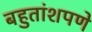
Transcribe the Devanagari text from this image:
बहुतांशपणे